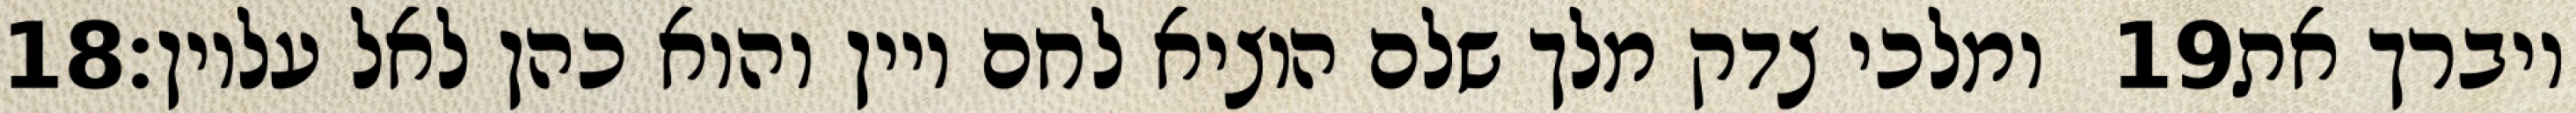
‎18‏ ומלכי צדק מלך שלם הוציא לחם ויין והוא כהן לאל עליון׃ ‎19‏ ויברך את